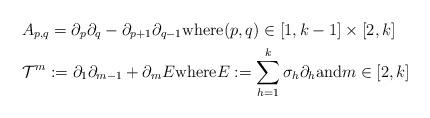
LaTeX: \begin{align*}& A_{p,q} = \partial_p\partial_q - \partial_{p+1}\partial_{q-1} {\rm where} (p,q) \in [1,k-1]\times [2,k] \\& \mathcal{T}^m := \partial_1\partial_{m-1} + \partial_mE {\rm where} E := \sum_{h=1}^k \sigma_h\partial_h {\rm and} m \in [2, k]\end{align*}